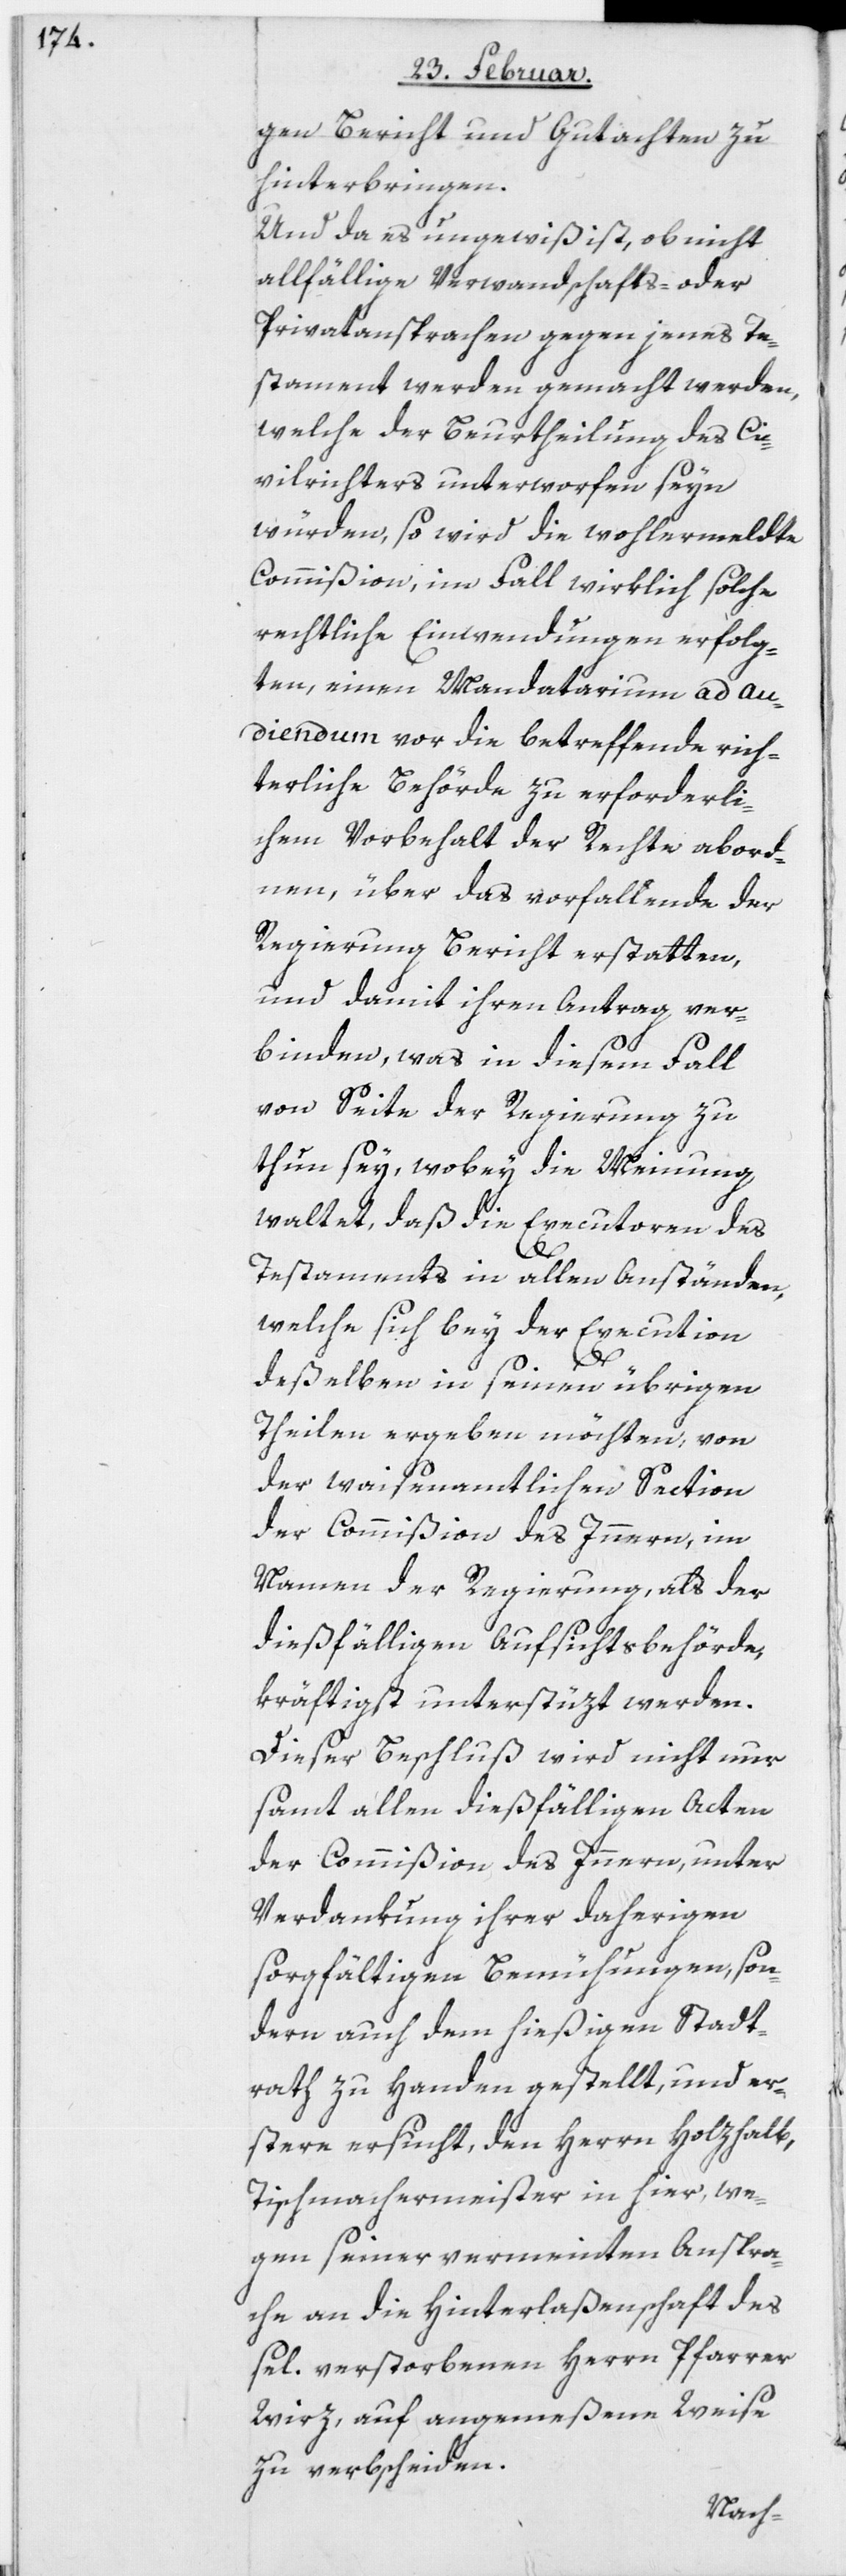
gen Bericht und Gutachten zu
hinterbringen.
Und da es ungewiß ist, ob nicht
allfällige Verwandschafts- oder
Privatansprachen gegen jenes Te¬
stament werden gemacht werden,
welche der Beurtheilung des Ci¬
vilrichters unterworfen seyn
würden, so wird die wohlermeldte
Commißion, im Fall wirklich solche
rechtliche Einwendungen erfolg¬
ten, einen Mandatarium ad au¬
diendum vor die betreffende rich¬
terliche Behörde zu erforderli¬
chem Vorbehalt der Rechte abord¬
nen, über das vorfallende der
Regierung Bericht erstatten,
und damit ihren Antrag ver¬
binden, was in diesem Fall
von Seite der Regierung zu
thun sey, wobey die Meinung
waltet, daß die Executoren des
Testaments in allen Anständen,
welche sich bey der Execution
deßelben in seinen übrigen
Theilen ergeben möchten, von
der waisenamtlichen Section
der Commißion des Innern, im
Namen der Regierung, als der
dießfälligen Aufsichtsbehörde,
kräftigst unterstüzt werden.
Dieser Beschluß wird nicht nur
samt allen dießfälligen Acten
der Commißion des Innern, unter
Verdankung ihrer daherigen
sorgfältigen Bemühungen, son¬
dern auch dem hießigen Stadt¬
rath zu Handen gestellt, und er¬
stere ersucht, den Herrn Holzhalb,
Tischmachermeister in hier, we¬
gen seiner vermeinten Anspra¬
che an die Hinterlaßenschaft des
sel. verstorbenen Herrn Pfarrer
Wirz, auf angemeßene Weise
zu verbscheiden.